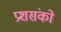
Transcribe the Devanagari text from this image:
प्रशसंको